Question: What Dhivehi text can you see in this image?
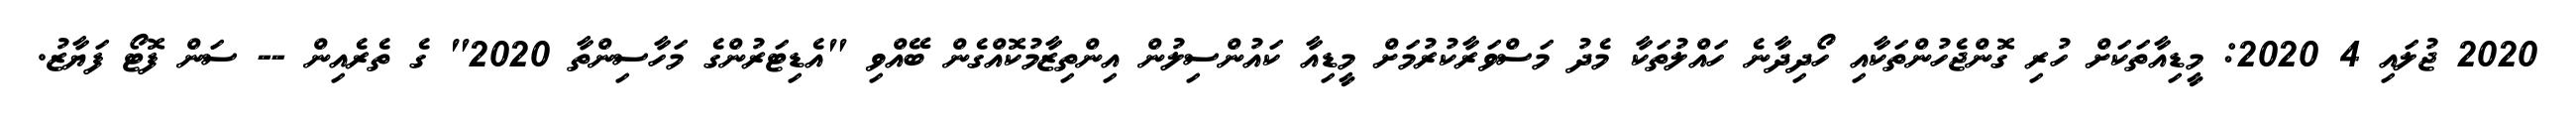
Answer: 2020 ޖުލައި 4 2020: މީޑިއާތަކަށް ހުރި ގޮންޖެހުންތަކާއި ހޯދިދާނެ ހައްލުތަކާ މެދު މަސްވަރާކުރުމަށް މީޑިއާ ކައުންސިލުން އިންތިޒާމުކޮއްގެން ބޭއްވި "އެޑިޓަރުންގެ މަހާސިންތާ 2020" ގެ ތެރެއިން -- ސަން ފޮޓޯ ފަޔާޒު.